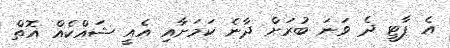
އެ ޕާޓީ ދެ ވަނަ ބުރަށް ދާނެ ކަމަށާއި އެއީ ޝައްކެއް އޮތް